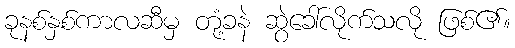
ခုနစ်နှစ်ကာလဆီမှ တုံ့ခနဲ ဆွဲခေါ်လိုက်သလို ဖြစ်၏။